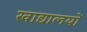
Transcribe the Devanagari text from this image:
खाद्यालयों